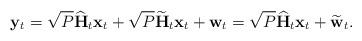
LaTeX: \begin{align*} \mathbf{y}_t = \sqrt{P}\widehat{\mathbf{H}}_{t}\mathbf{x}_t+\sqrt{P}\widetilde{\mathbf{H}}_{t}\mathbf{x}_t+\mathbf{w}_t = \sqrt{P}\widehat{\mathbf{H}}_{t}\mathbf{x}_t + \widetilde{\mathbf{w}}_{t}.\end{align*}